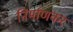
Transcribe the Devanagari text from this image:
निर्माणकर